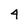
Character: 4